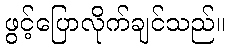
ဖွင့်ပြောလိုက်ချင်သည်။